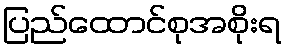
ပြည်ထောင်စုအစိုးရ